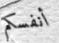
أنفسكم